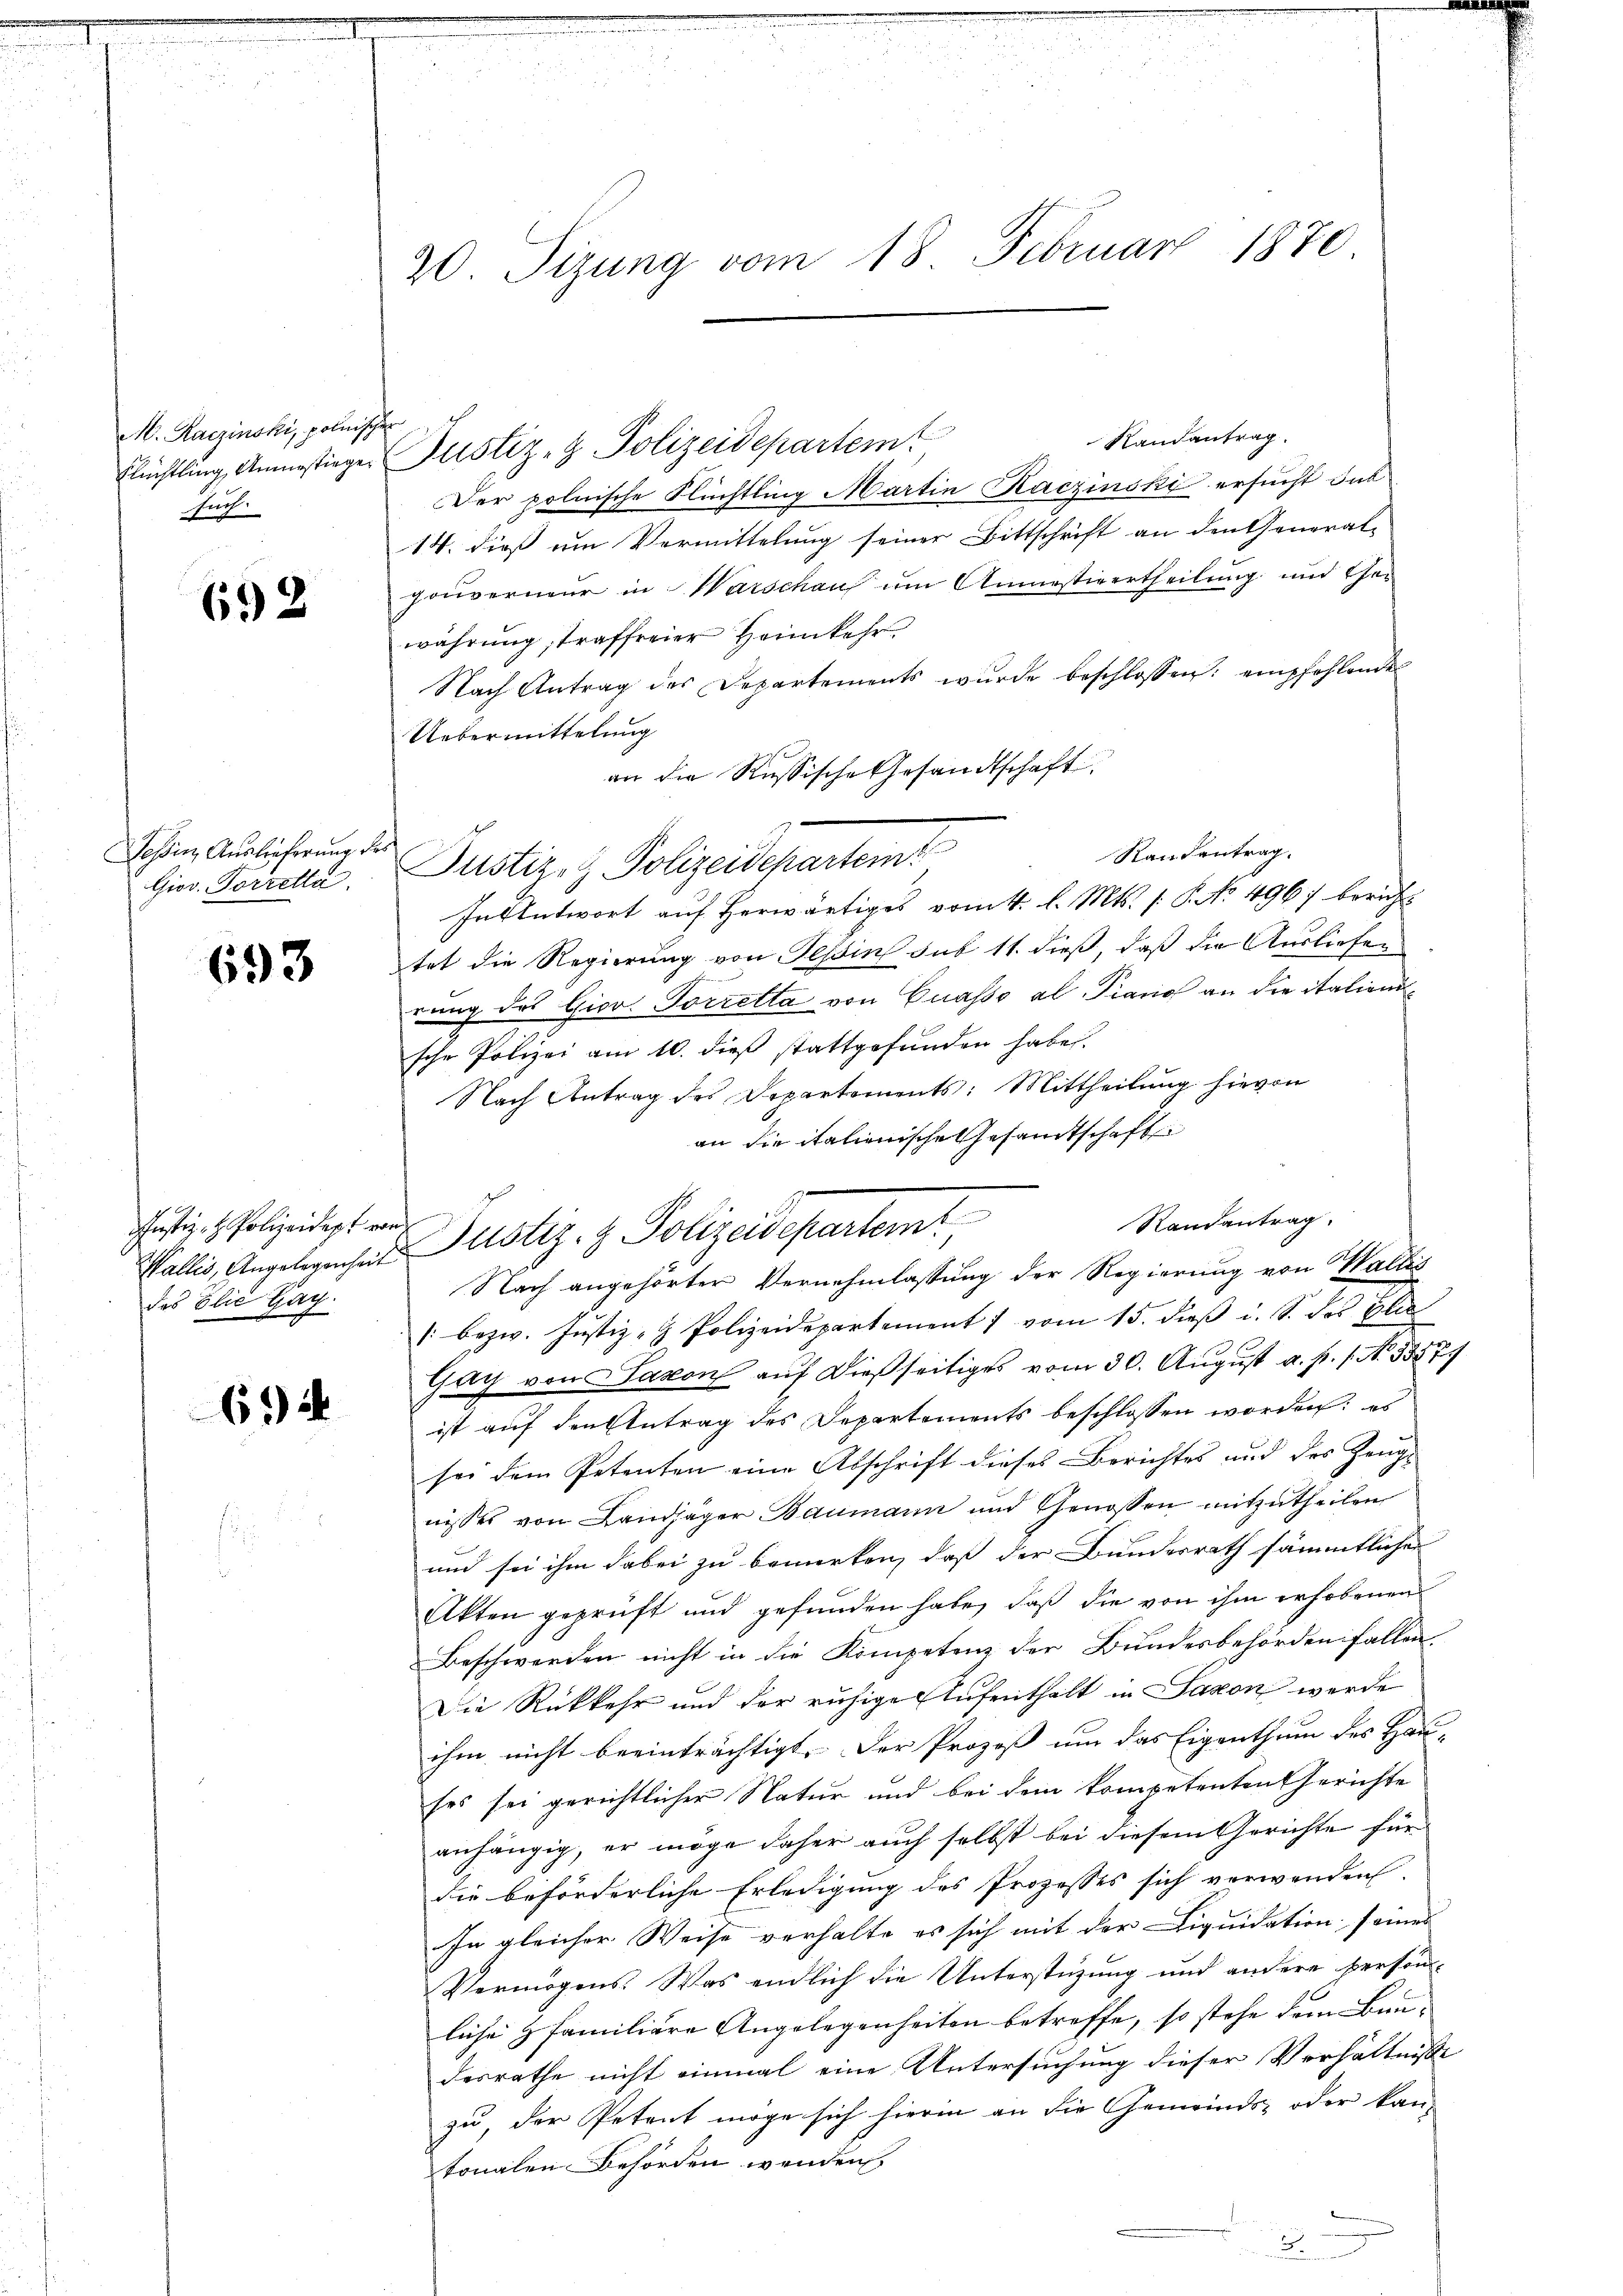
M. Kaczinski, polnis
Flüchtling, Anmestiegesuch.

692

Jossin Auslieferung des
Giov. Torretta

693

Justiz- & Polizeidept von
das Elić Gay.

692

20 Tizung vom 18. Februar 1870

hr
Randantrag.
Justiz- & Polizeidepartemt
Der polnische Flüchtling Martin Kaczinski ersucht das
14. dieß um Vermittelung seiner Bittschrift an den General-
gouverneur in Warschaus um Anmassivertheilung und Ehe-
wahrung, traffreier Heimkehr
Nach Antrag des Departements wurde beschlossen: empfehlende
Uebermittelung
an die Russische Gesandtschaft
Intentwort auf herwärtiges vom 4. l. Mts. (: P. No. 4967 bericht
tet die Regierung von Tessin sub 11. dieß, daß die Ausliefen
rung des Giov Torretta von Cuasso al Piano an die italienische Polizei am 10. dieß stattgefunden habe.
Nach Antrag des Departements: Mittheilung hievon
an die italienische Gesandtschaft
Randantrag.
Nach angehörter Vernehmlassung der Regierung von Wallis
" bezw. Jŭstiz- & Polizeidepartement vom 15. dieβ i. S. des Glie
Gay von Saxon auf dießseitiges vom 30. August a. p. 1. No. 53579
ist auf den Antrag des Departements beschlossen worden; es
sei dem Petenten eine Abschrift dieses Berichtes und des Zeugnisses von Landjäger Baumann und Genossen mitzutheilen
und sei ihm dabei zu bemerken, daß der Bundesrath sämmtlicher
Akten geprüft und gefunden habe, daß die von ihm erhobenen
Beschwerden nicht in die Kompetenz der Bundesbehörden fallen.
Die Rückkehr und der ruhige Aufenthalt in Saxon werde
ihm nicht beeinträchtigt. Der Prozeß um das Eigenthum des Hau-
ses sei gerichtlicher Natur und bei dem kompetenten Gerichte
anhängig, er möge daher auch selbst bei diesem Gerichte für
die beförderliche Erledigung des Prozesses sich verwenden.
In gleicher Weise verhalte es sich mit der Liquidation seines
Vermögens. Was endlich die Unterstüzung und andere person
liche familiere Angelegenheiten betreffe, so stehe dem Bau-
desrathe nicht einmal eine Untersuchung dieser Verhältnisse
zu, der Petent möge sich hierin an die Gemeinds- oder kan
tonalen Behörden wenden

Justiz- & Polizeidepartem

Wallis, Angeleuches ustiz- & Polizeidepartemt

Randantrag.